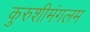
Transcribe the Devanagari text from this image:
कुरुशीमंगलम